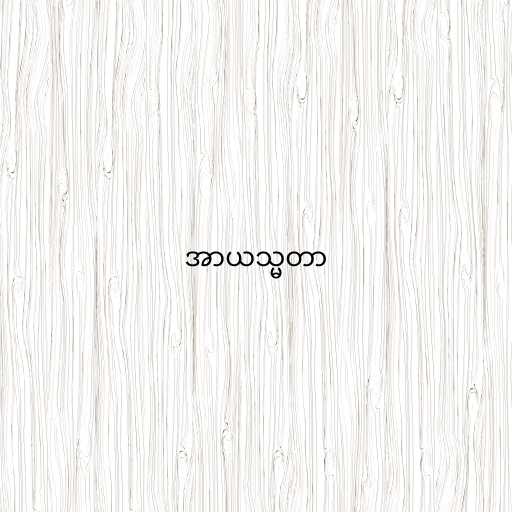
အာယသ္မတာ